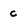
Character: c